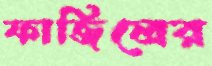
ফাজিলের